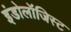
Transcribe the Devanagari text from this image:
इंडोलॉजिस्ट